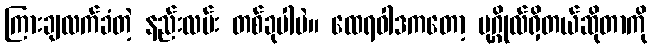
ကြားချလက်ခံတဲ့ နည်းလမ်း တစ်ခုပါပဲ။ ထေရဝါဒကတော့ ပုဂ္ဂိုလ်ရှိတယ်ဆိုတာကို